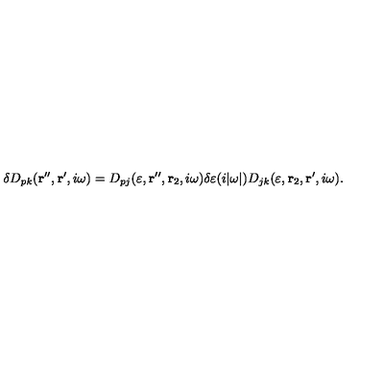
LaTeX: \delta D _ { p k } ( { \bf r } ^ { \prime \prime } , { \bf r } ^ { \prime } , i \omega ) = D _ { p j } ( \varepsilon , { \bf r } ^ { \prime \prime } , { \bf r } _ { 2 } , i \omega ) \delta \varepsilon ( i | \omega | ) D _ { j k } ( \varepsilon , { \bf r } _ { 2 } , { \bf r } ^ { \prime } , i \omega ) .